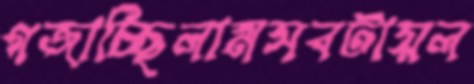
গজাচ্ছিলামসবটায়ল